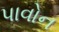
પાવોન